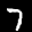
Label: 7